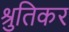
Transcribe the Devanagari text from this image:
श्रुतिकर